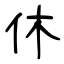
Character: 休